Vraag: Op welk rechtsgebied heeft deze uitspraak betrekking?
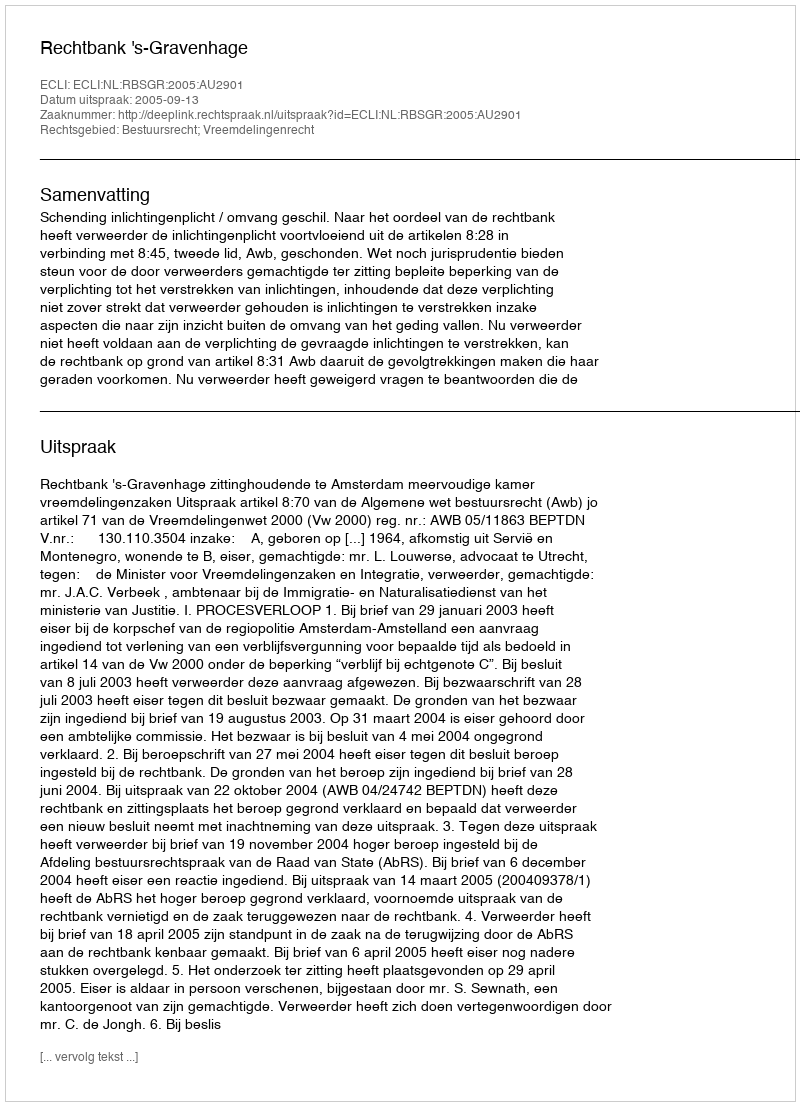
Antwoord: Bestuursrecht; Vreemdelingenrecht